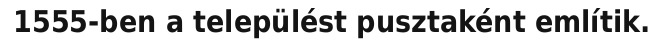
1555-ben a települést pusztaként említik.